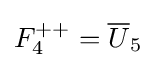
F_{4}^{++}={\overline {U}}_{5}